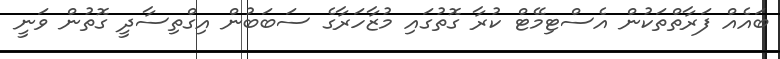
ބައެއް ފަރާތްތަކުން އެސްޓިމޭޓް ކުރާ ގޮތުގައި މުޒާހަރާގެ ސަބަބުން އިގްތިސާދީ ގޮތުން ވަނީ